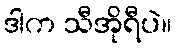
ဒါက သီအိုရီပဲ။